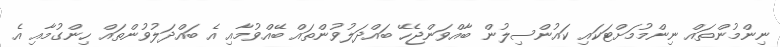
ނިންމުންތައް ނިންމުމަށްޓަކައި ކައުންސިލުން ބާއްވަންޖެހޭ ބައްދަލުވުންތައް ބޭއްވުމާއި އެ ބައްދަލުވުންތައް ހިންގުމާއި އެ